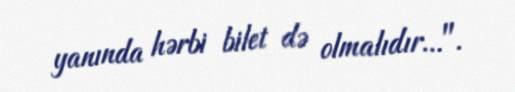
yanında hərbi bilet də olmalıdır...".